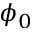
\phi _ { 0 }